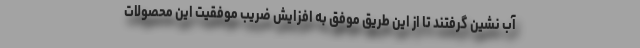
آب نشین گرفتند تا از این طریق موفق به افزایش ضریب موفقیت این محصولات